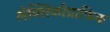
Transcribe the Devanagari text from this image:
लेक्सिकोग्राफिक